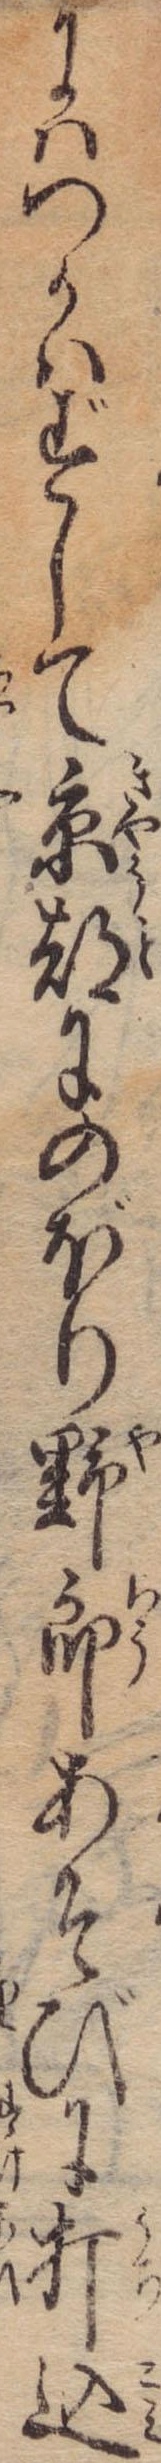
にはつかはずして京都にのぼり野郎あそびに打込